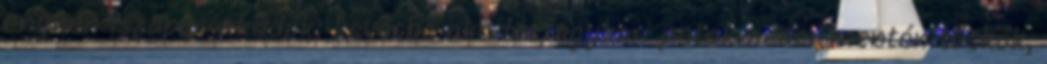
enyhén iszapos Akadók: kevésbé akadós, egykori patakmeder mentén tuskók,